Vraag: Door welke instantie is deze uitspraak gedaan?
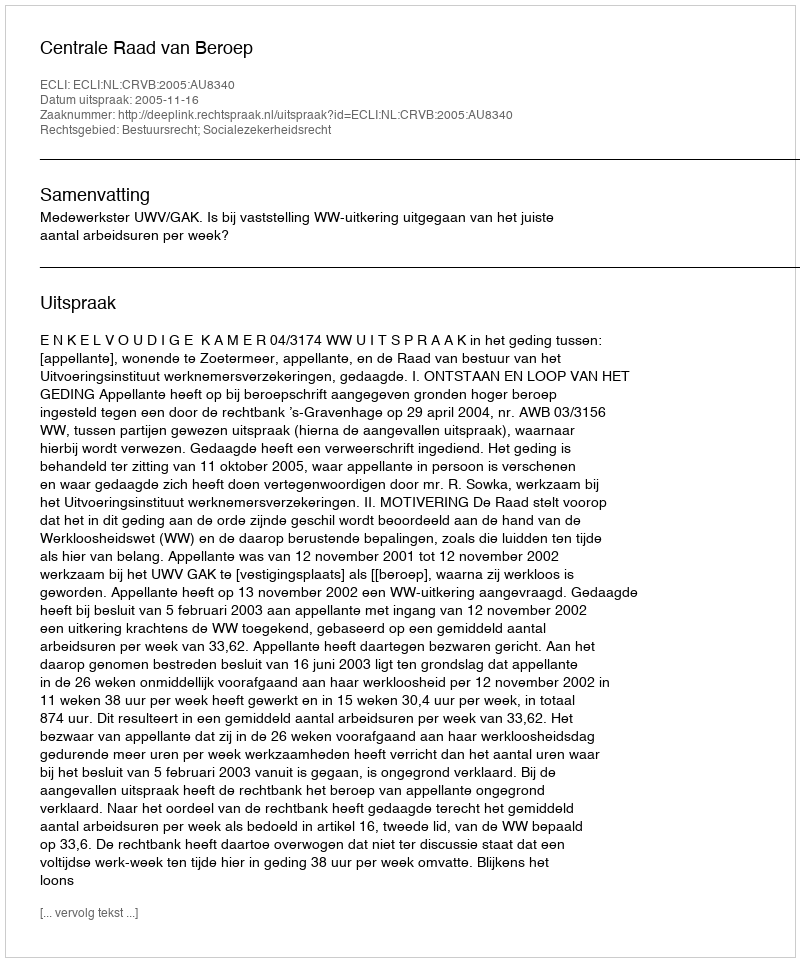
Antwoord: Centrale Raad van Beroep